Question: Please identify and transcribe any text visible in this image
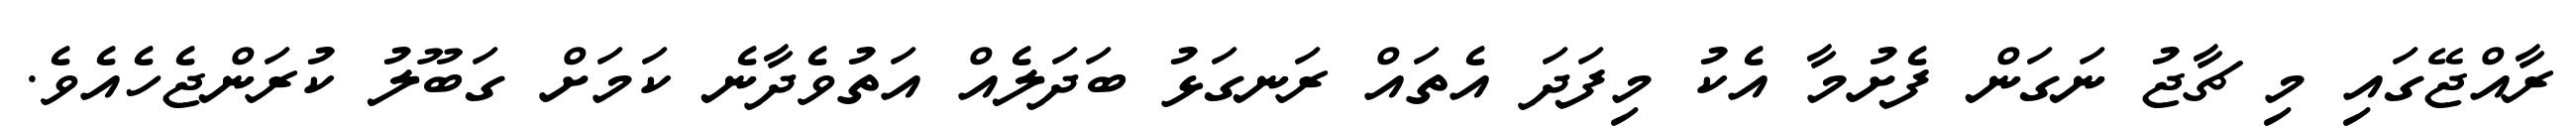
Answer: ރާއްޖޭގައި މި ޗާޖު ނަގަން ފެށުމާ އެކު މިފަދަ އެތައް ރަނގަޅު ބަދަލެއް އަތުވެދާނެ ކަމަށް ގަބޫލު ކުރަންޖެހެއެވެ.